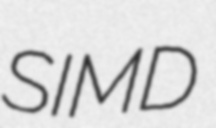
SIMD